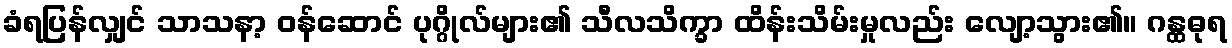
ခံရပြန်လျှင် သာသနာ့ ဝန်ဆောင် ပုဂ္ဂိုလ်များ၏ သီလသိက္ခာ ထိန်းသိမ်းမှုလည်း လျော့သွား၏။ ဂန္ထဓုရ